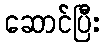
ဆောင်ပြီး